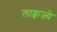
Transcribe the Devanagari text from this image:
लाव्वाज्ये